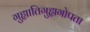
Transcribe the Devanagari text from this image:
गुह्यातिगुह्यगोपता